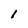
Character: 1